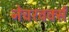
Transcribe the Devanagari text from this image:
नेचरवर्क्स